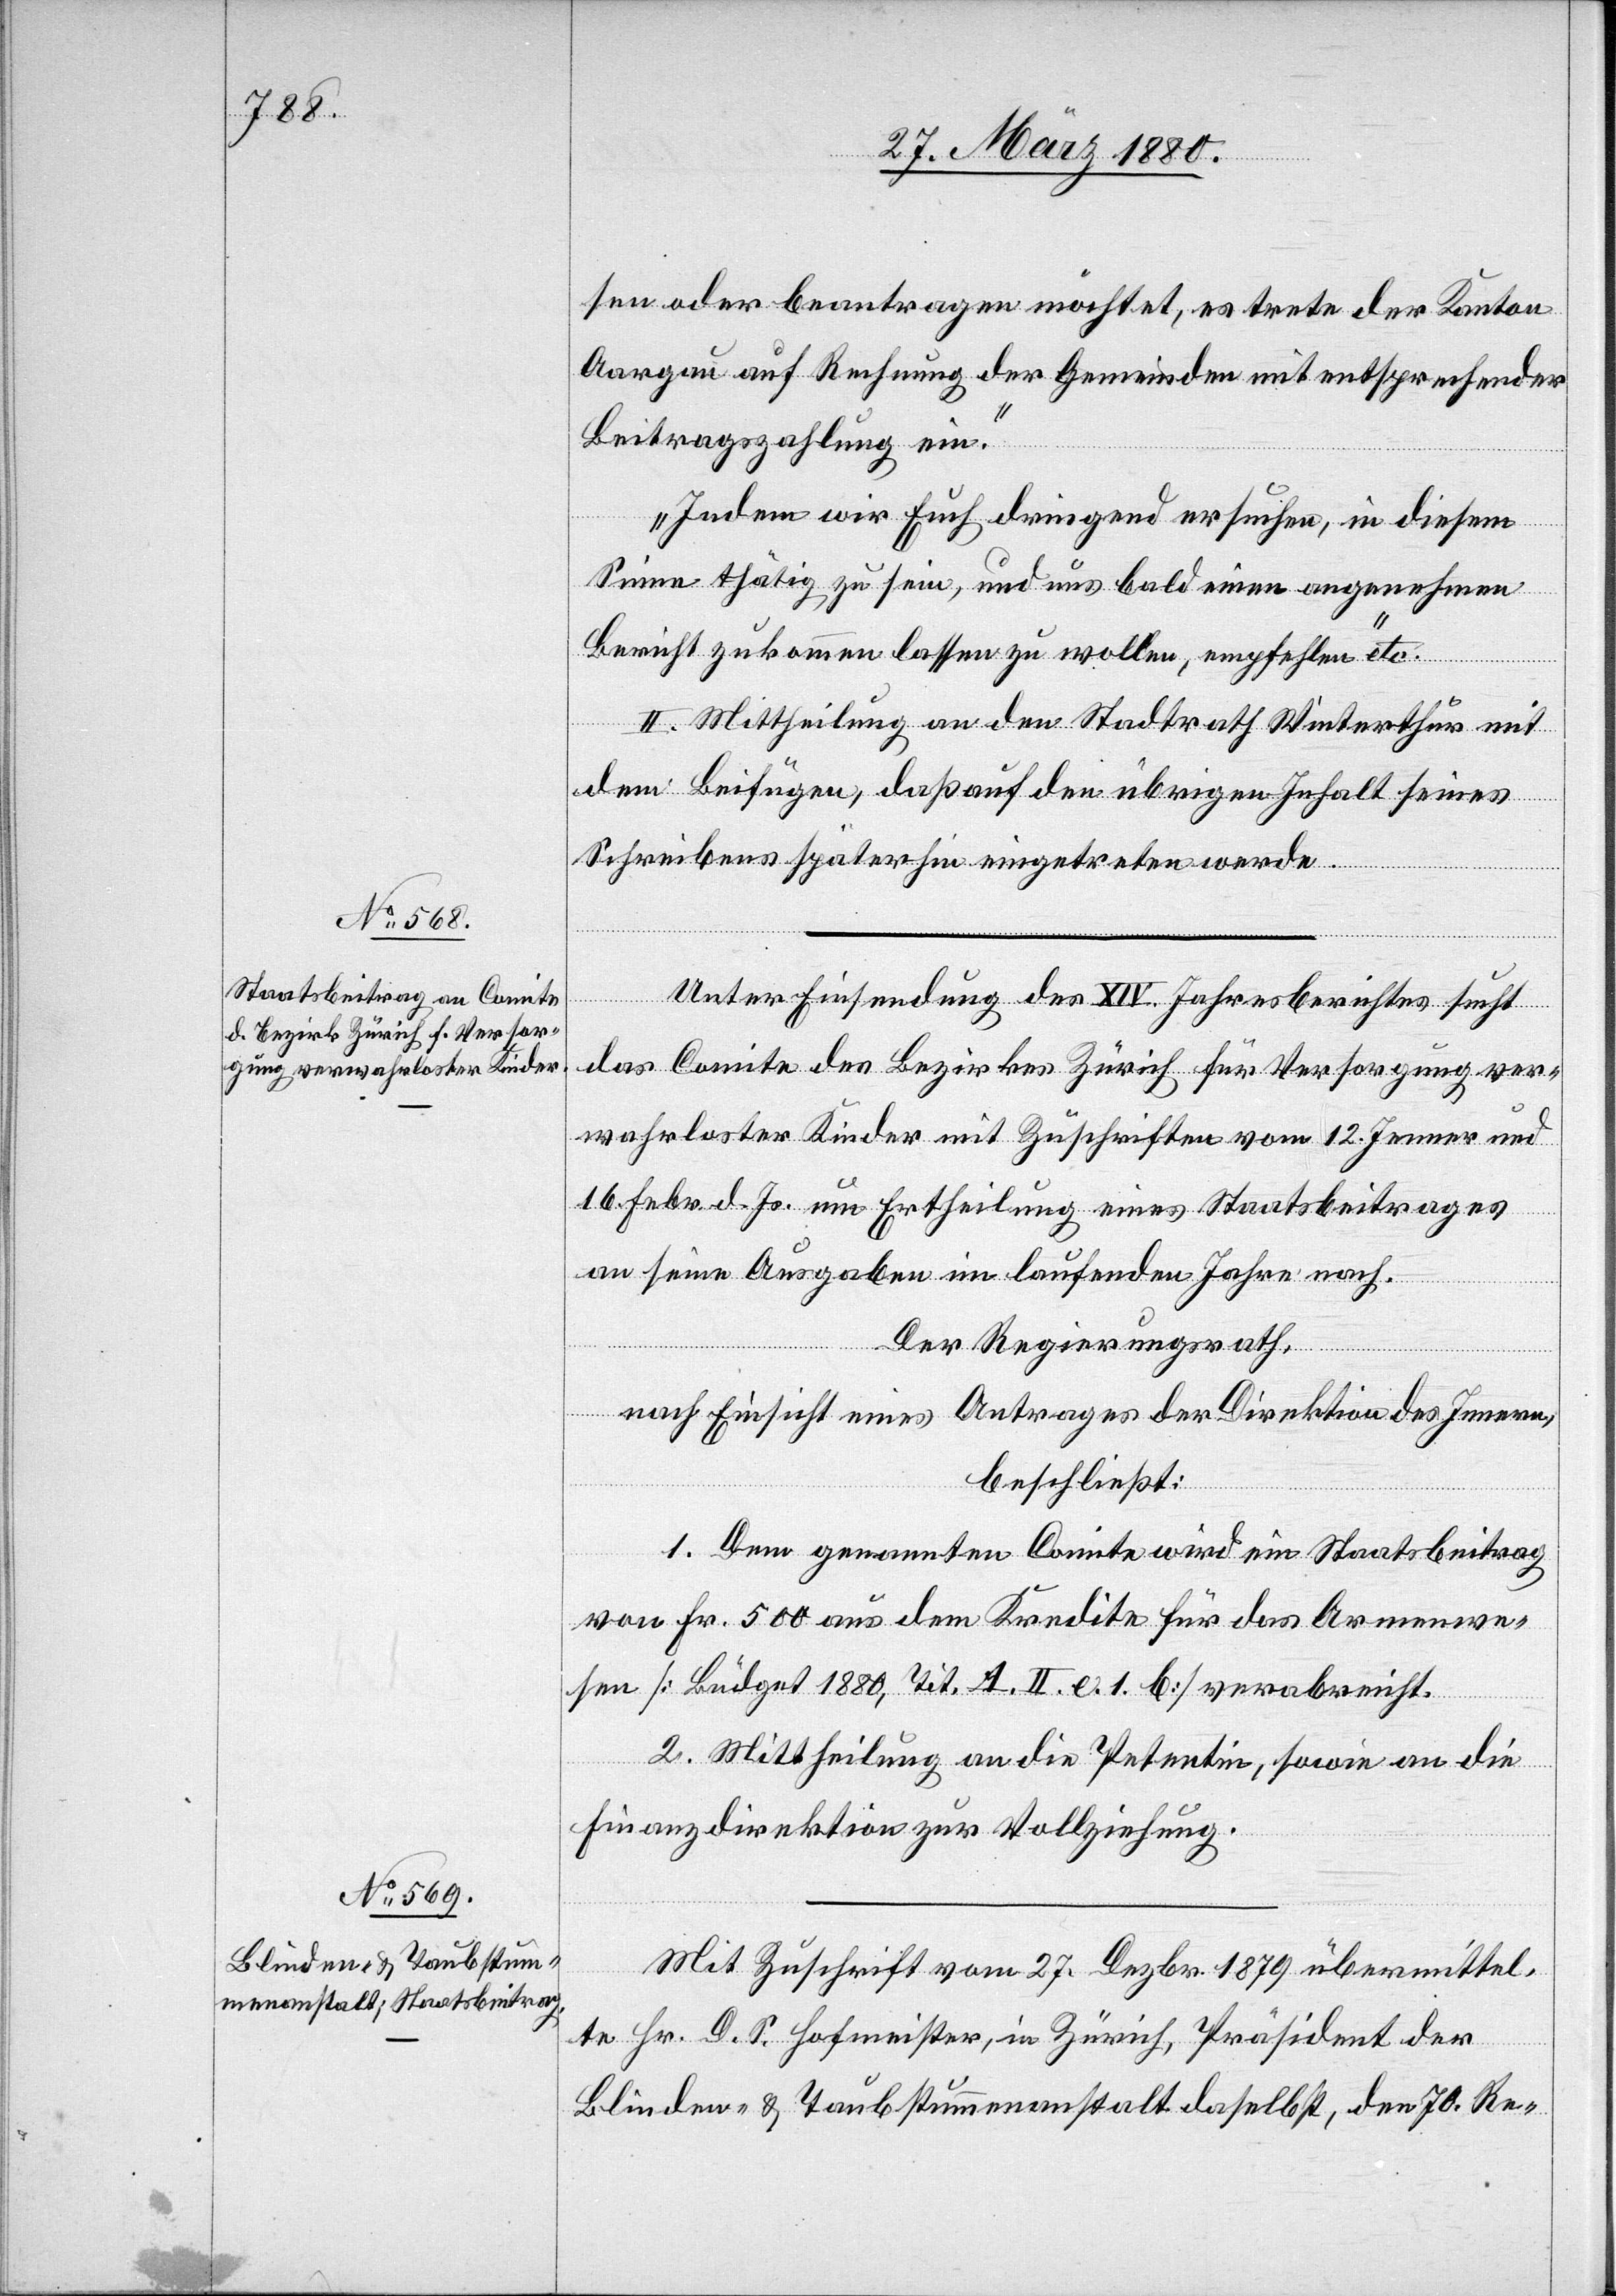
sen oder beantragen möchtet, es trete der Kanton
Aargau auf Rechnung der Gemeinden mit entsprechender
Beitragszahlung ein.
Indem wir Euch dringend ersuchen, in diesem
Sinne thätig zu sein, und uns bald einen angenehmen
Bericht zukommen lassen zu wollen, empfehlen“ etc.
II. Mittheilung an den Stadtrath Winterthur mit
dem Beifügen, daß auf den übrigen Inhalt seines
Schreibens späterhin eingetreten werde.
Unter Einsendung des XIV. Jahresberichtes sucht
das Comite des Bezirkes Zürich für Versorgung ver¬
wahrloster Kinder mit Zuschriften vom 12. Jenner und
16. Febr. um Ertheilung eines Staatsbeitrages
an seine Ausgaben im laufenden Jahre nach.
Der Regierungsrath,
nach Einsicht eines Antrages der Direktion des Innern,
beschließt:
1. Dem genannten Comite wird ein Staatsbeitrag
von Fr. 500 aus dem Kredite für das Armenwe¬
sen [Büdget 1880, Tit. A. II. e. 1. b] verabreicht.
2. Mittheilung an die Petentin, sowie an die
Finanzdirektion zur Vollziehung.
Mit Zuschrift vom 28. Dezbr. 1879 übermittel¬
te Hr. D. S. Hofmeister, in Zürich, Präsident der
Blinden- & Taubstummenanstalt daselbst, den 70. Re-